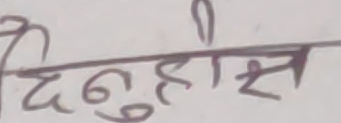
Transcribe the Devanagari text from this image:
दिनुहोस